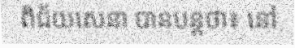
ពិជ័យសេនា បានបន្តថា៖ នៅ